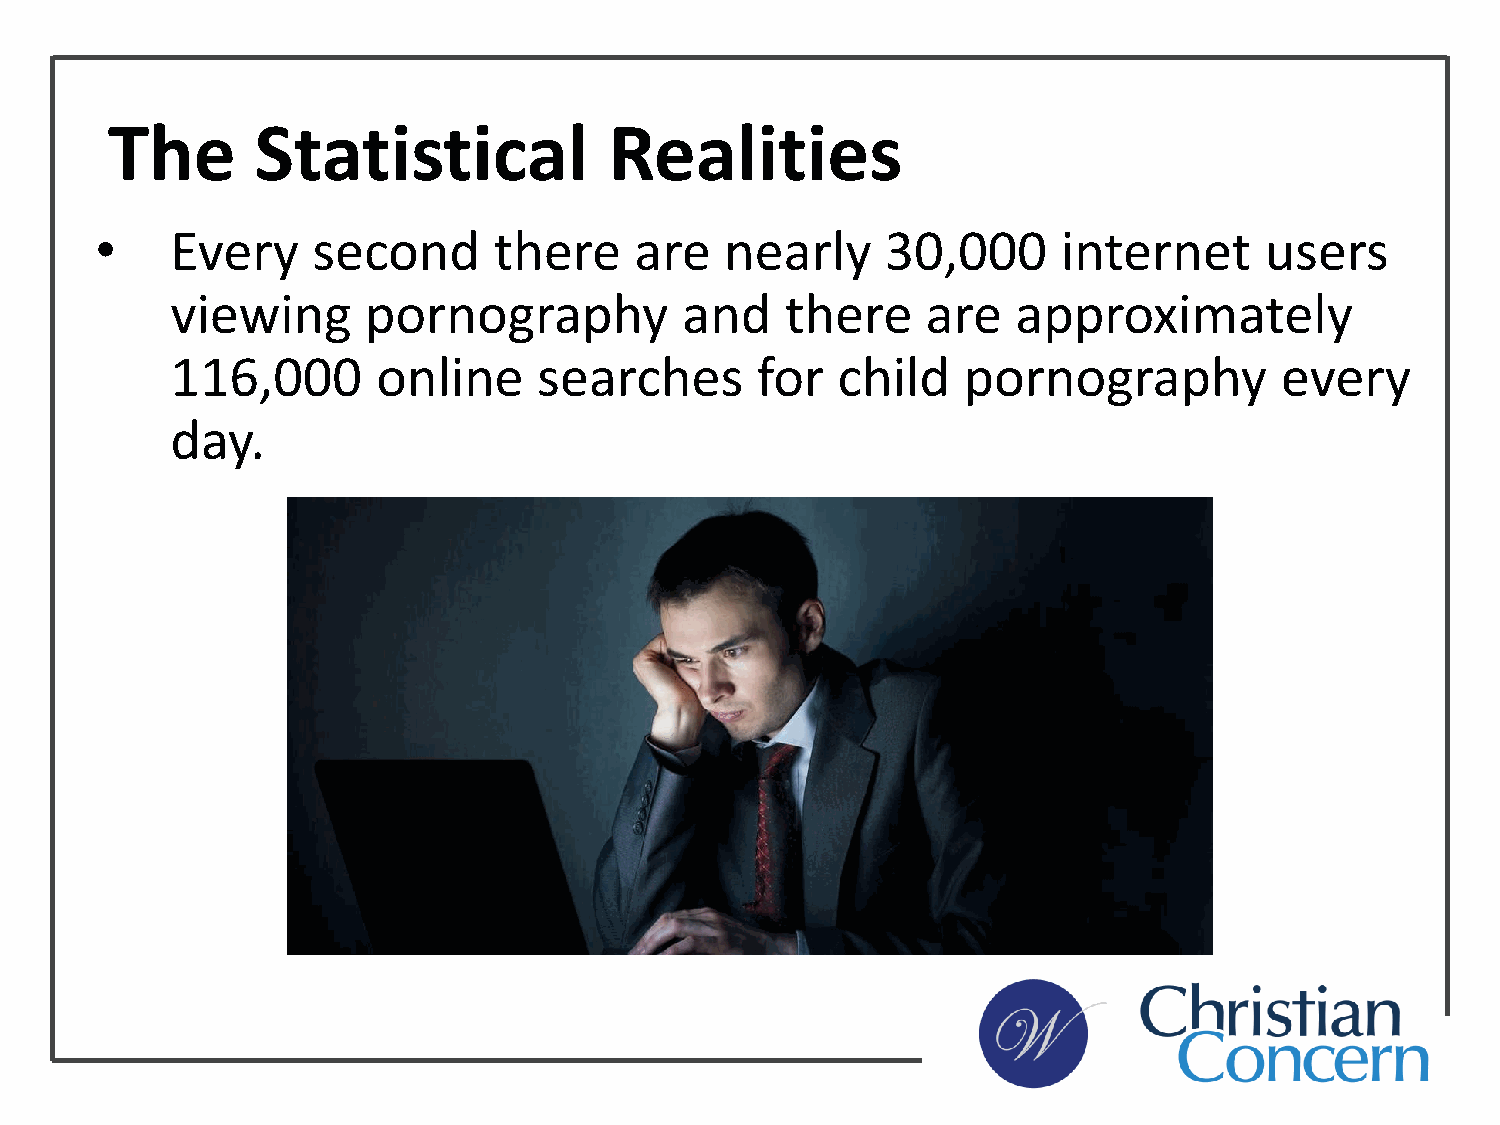
The       Statistical            Realities
 •    Every     second      there    are   nearly     30,000     internet      users
 viewing      pornography          and    there    are   approximately
 116,000       online     searches      for  child    pornography          every
 day.